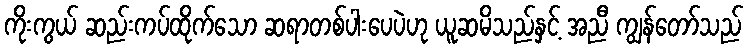
ကိုးကွယ် ဆည်းကပ်ထိုက်သော ဆရာတစ်ပါးပေပဲဟု ယူဆမိသည်နှင့် အညီ ကျွန်တော်သည်